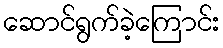
ဆောင်ရွက်ခဲ့ကြောင်း